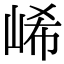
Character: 㟓